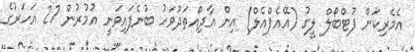
އެމެރިކަން ފުޓްބޯލް ލީގު (އޭއެފްއެލް) އިން އާދިއްތަދުވަހު ބުނެފައިވަނީ އުމުރުން 27 އަހަރުގެ